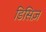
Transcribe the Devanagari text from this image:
डिसिज़